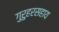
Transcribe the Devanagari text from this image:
गुरुहरसहाय